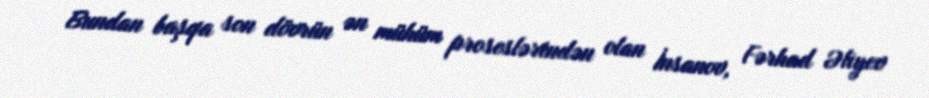
Bundan başqa son dövrün ən mühüm proseslərindən olan İnsanov, Fərhad Əliyev